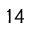
^ { 1 4 }